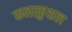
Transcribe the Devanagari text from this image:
कलाकुशल